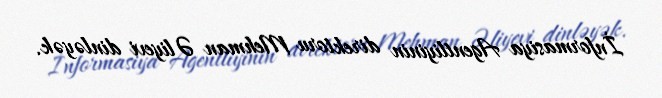
İnformasiya Agentliyinin direktoru Mehman Əliyevi dinləyək.